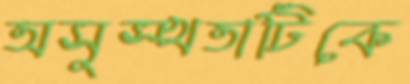
অসুস্থতাটিকে